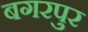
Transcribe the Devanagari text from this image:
बगरपुर